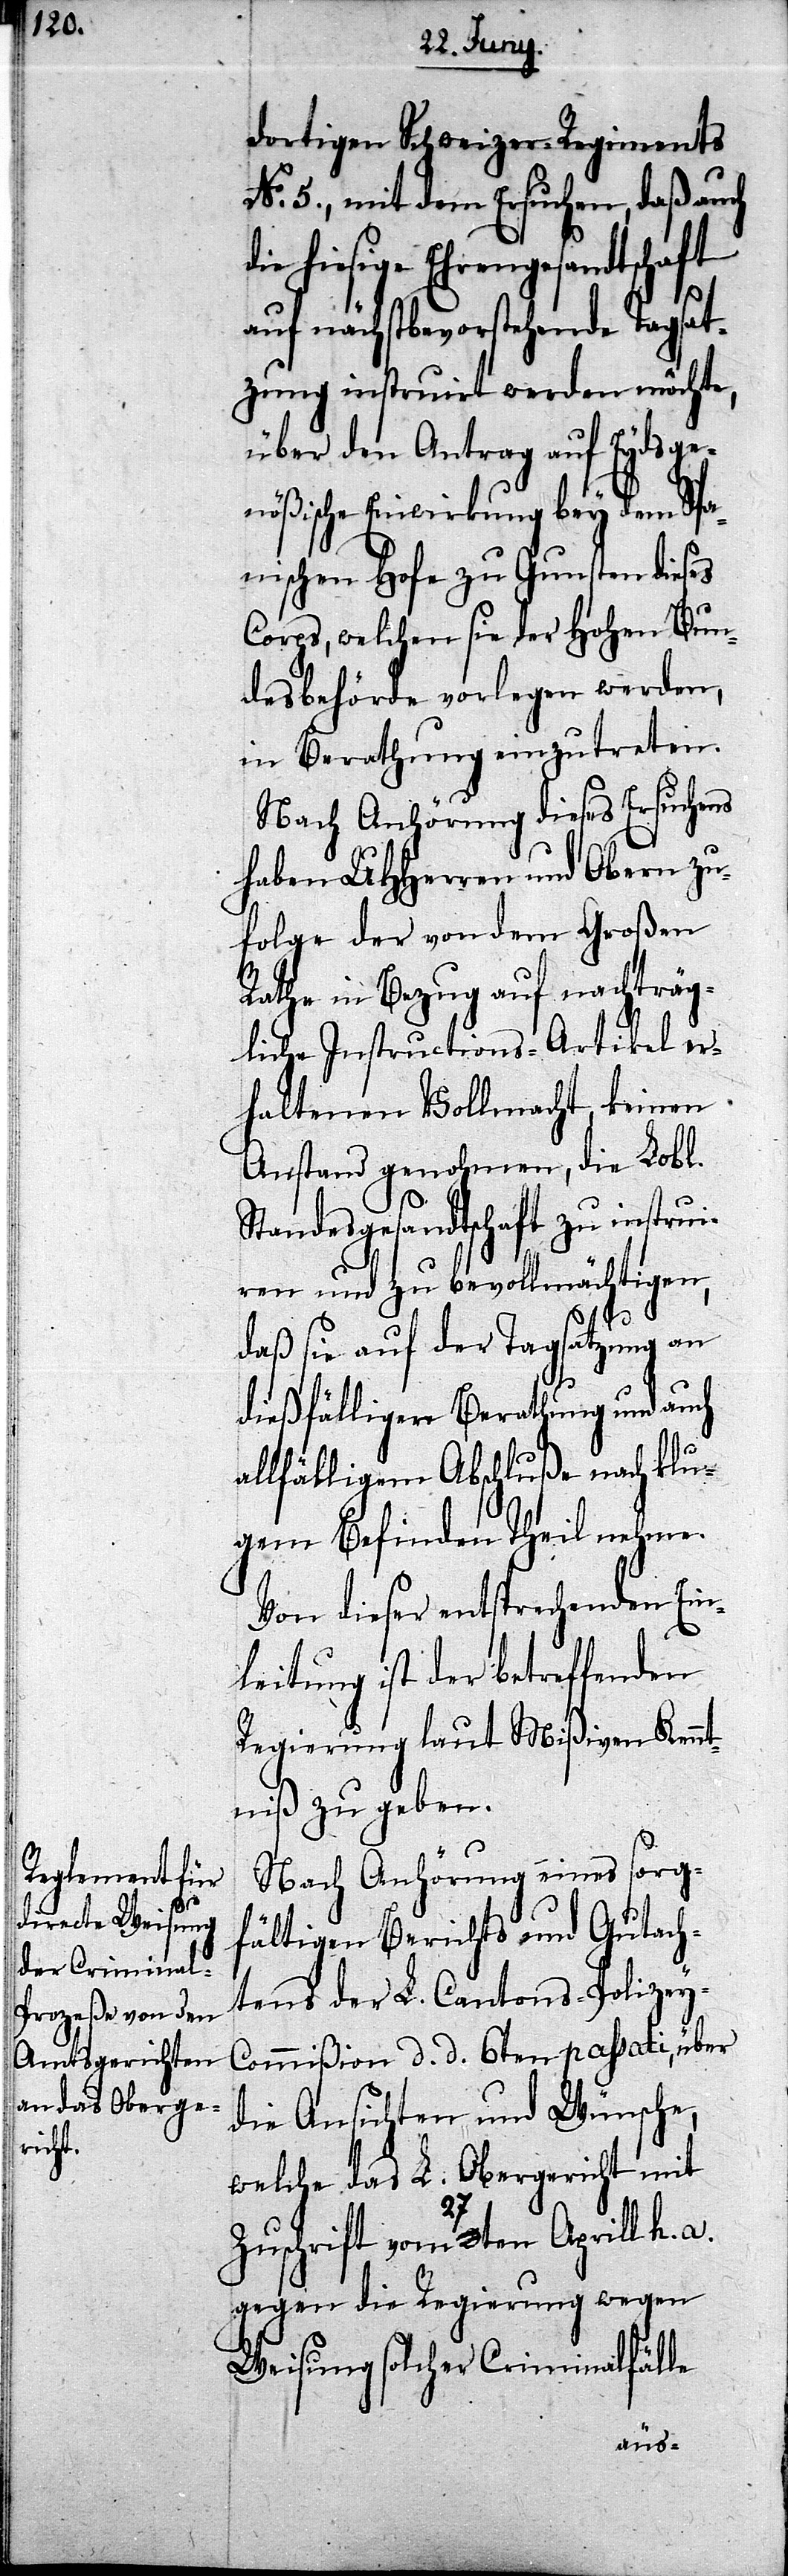
dortigen Schweizer-Regiments
No. 5., mit dem Ersuchen, daß auch
hiesige Ehrengesandtschaft
auf nächstbevorstehende Tagsat¬
zung instruirt werden möchte,
über den Antrag auf Eydsge¬
nößische Einwirkung bey dem Spa¬
nischen Hofe zu Gunsten dieses
Corps, welchen sie der Hohen Bun¬
desbehörde vorlegen werden,
in Berathung einzutreten.
Nach Anhörung dieses Ersuchens
haben UHHerren und Obern zu¬
folge der von dem Großen
Rathe in Bezug auf nachträg¬
liche Instructions-Artikel er¬
haltenen Vollmacht, keinen
Anstand genohmen, die Lobl.
Standesgesandtschaft zu instrui¬
ren und zu bevollmächtigen,
daß sie auf der Tagsatzung an
dießfälligen Berathung und auch
allfälligem Abschluße nach klu¬
gem Befinden Theil nehme.
Von dieser entsprechenden Ein¬
leitung ist der betreffenden
Regierung laut Mißiven Kennt¬
niß zu geben.
Nach Anhörung eines sorg¬
fältigen Berichts und Gutach¬
tens der L. Cantons-Polizey-C¬
ommißion d. d. 6ten passati, über
die Ansichten und Wünsche,
welche das L. Obergericht mit
Zuschrift vom 27ten Aprill h. a.
gegen die Regierung wegen
Weisung solcher Criminalfälle